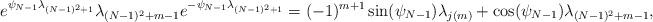
LaTeX: \begin{align*}e^{\psi_{N-1}\lambda_{(N-1)^2+1}}\lambda_{(N-1)^2+m-1}e^{-\psi_{N-1}\lambda_{(N-1)^2+1}} = (-1)^{m+1}\sin(\psi_{N-1})\lambda_{j(m)}+\cos(\psi_{N-1})\lambda_{(N-1)^2+m-1},\end{align*}